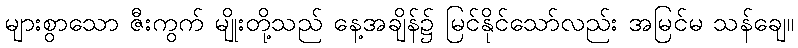
များစွာသော ဇီးကွက် မျိုးတို့သည် နေ့အချိန်၌ မြင်နိုင်သော်လည်း အမြင်မ သန်ချေ။